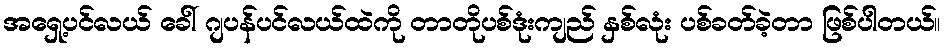
အရှေ့ပင်လယ် ခေါ် ဂျပန်ပင်လယ်ထဲကို တာတိုပစ်ဒုံးကျည် နှစ်လုံး ပစ်ခတ်ခဲ့တာ ဖြစ်ပါတယ်။